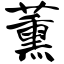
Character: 薰